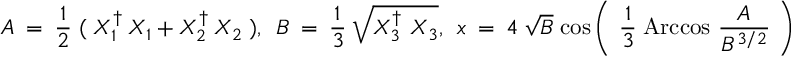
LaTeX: A ~ = ~ { \frac { 1 } { 2 } } \; ( \; X _ { 1 } ^ { \dagger } ~ X _ { 1 } ~ + ~ X _ { 2 } ^ { \dagger } ~ X _ { 2 } \; ) , ~ ~ B ~ = ~ { \frac { 1 } { 3 } } ~ \sqrt { X _ { 3 } ^ { \dagger } ~ X _ { 3 } } , ~ ~ x ~ = ~ 4 ~ \sqrt { B } \; \mathrm { c o s } \left( ~ { \frac { 1 } { 3 } } \; \mathrm { A r c c o s } ~ { \frac { ~ A ~ } { B ^ { 3 / 2 } } } ~ \right) \; .